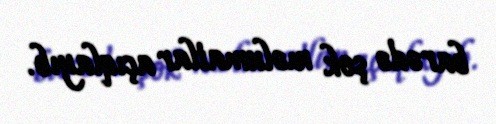
barədə şok məlumatlar açıqlayıb.